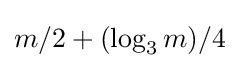
m/2+(\log _{3}{m})/4